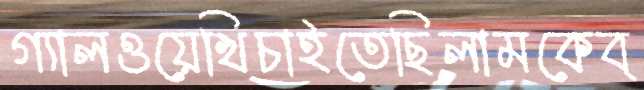
গ্যালওয়েখিচাইতেছিলামকেব্